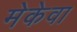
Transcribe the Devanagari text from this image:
मेकेवा